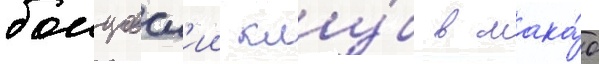
боицовск'ии клу́б в мака́о